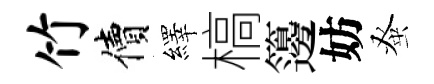
竹價繹槁籩妨𫊫